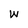
Character: W